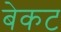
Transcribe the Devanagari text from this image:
बेकट